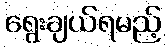
ရွေးချယ်ရမည့်